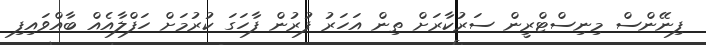
ފިނޭންސް މިނިސްޓްރީން ސަރުކާރަށް ތިން އަހަރު ފުރުން ފާހަގަ ކުރުމަށް ހަފްލާއެއް ބާއްވައިފި